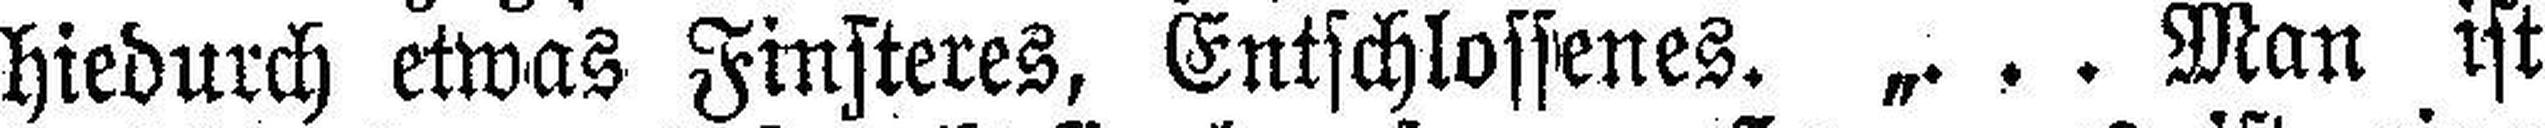
hiedurch etwas Finsteres, Entschlossenes. „…Man ist